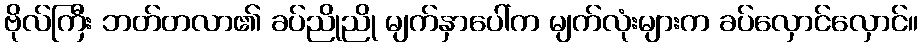
ဗိုလ်ကြီး ဘတ်တလာ၏ ခပ်ညိုညို မျက်နှာပေါ်က မျက်လုံးများက ခပ်လှောင်လှောင်။